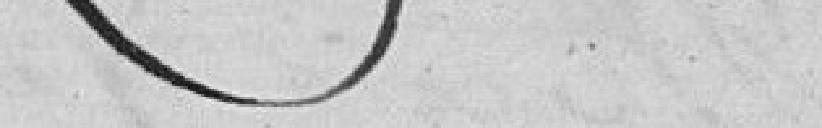
??